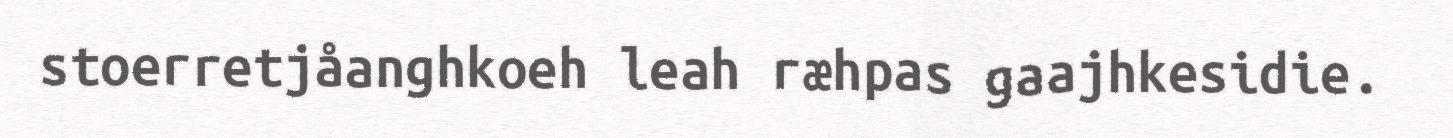
stoerretjåanghkoeh leah ræhpas gaajhkesidie.